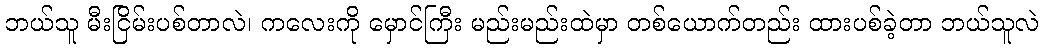
ဘယ်သူ မီးငြိမ်းပစ်တာလဲ၊ ကလေးကို မှောင်ကြီး မည်းမည်းထဲမှာ တစ်ယောက်တည်း ထားပစ်ခဲ့တာ ဘယ်သူလဲ